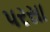
પરસા